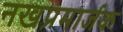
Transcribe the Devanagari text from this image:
नखप्रमार्जक